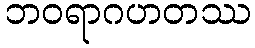
ဘဝရာဂဟတဿ